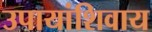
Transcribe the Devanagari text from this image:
उपायांशिवाय